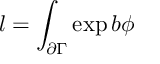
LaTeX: l = \int _ { \partial \Gamma } \exp b \phi